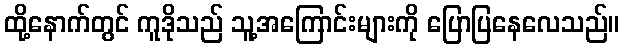
ထို့နောက်တွင် ကူဒိုသည် သူ့အကြောင်းများကို ပြောပြနေလေသည်။